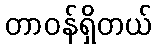
တာဝန်ရှိတယ်